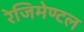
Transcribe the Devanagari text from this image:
रेजिमेण्टल